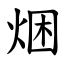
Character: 焑